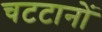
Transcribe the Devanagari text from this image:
चटटानों